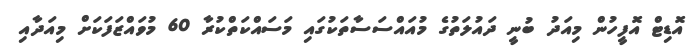
އޮޑިޓް އޮފީހުން މިއަދު ބުނީ ދައުލަތުގެ މުއައްސަސާތަކުގައި މަސައްކަތްކުރާ 60 މުވައްޒަފަކަށް މިއަދާއި